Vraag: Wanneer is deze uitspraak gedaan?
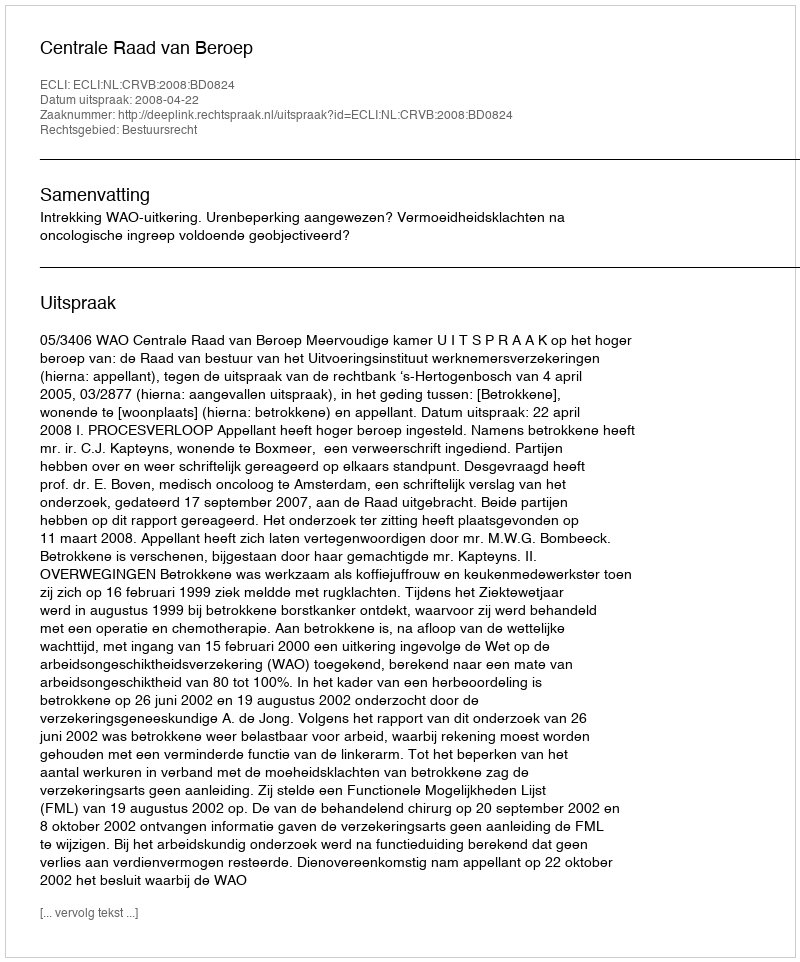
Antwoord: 2008-04-22